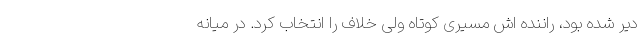
دیر شده بود، راننده اش مسیری کوتاه ولی خلاف را انتخاب کرد. در میانه